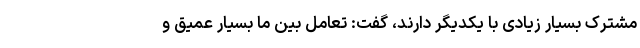
مشترک بسیار زیادی با یکدیگر دارند، گفت: تعامل بین ما بسیار عمیق و